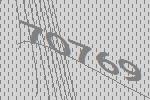
70769